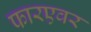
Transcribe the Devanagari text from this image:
फारएवर